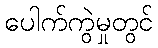
ပေါက်ကွဲမှုတွင်